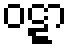
ဝဋ္ဋာ